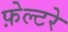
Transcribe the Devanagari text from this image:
फ़ेल्टरे